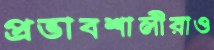
প্রভাবশালীরাও